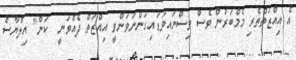
އެ އިއްޒަތްތެރި މެމްބަރުން ވެސް ވިސްނައިވަޑައިގަންނަވަންވީ އިއްޒަތް ދެއްވަނީ  ކަން" އިލްޔާސް